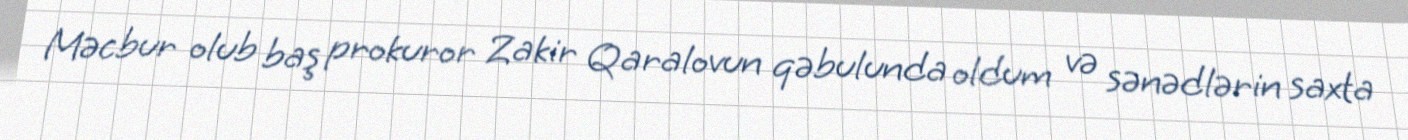
Məcbur olub baş prokuror Zakir Qaralovun qəbulunda oldum və sənədlərin saxta